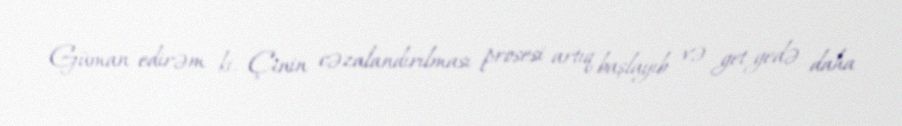
Güman edirəm ki, Çinin cəzalandırılması prosesi artıq başlayıb və get-gedə daha